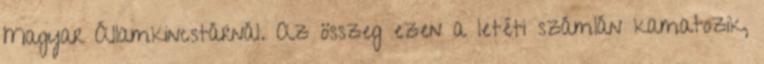
Magyar Államkincstárnál. Az összeg ezen a letéti számlán kamatozik,